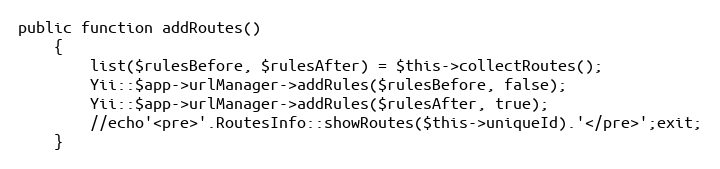
Language: PHP
public function addRoutes()
    {
        list($rulesBefore, $rulesAfter) = $this->collectRoutes();
        Yii::$app->urlManager->addRules($rulesBefore, false);
        Yii::$app->urlManager->addRules($rulesAfter, true);
        //echo'<pre>'.RoutesInfo::showRoutes($this->uniqueId).'</pre>';exit;
    }